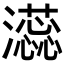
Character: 𬉡